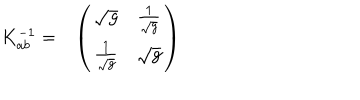
LaTeX: \begin{array} { c c } { { K _ { a b } ^ { - 1 } = } } & { { \left( \begin{array} { c c } { { \sqrt { g } } } & { { { \frac { 1 } { \sqrt { g } } } } } \\ { { { \frac { 1 } { \sqrt { g } } } } } & { { \sqrt { g } } } \\ \end{array} \right) } } \\ \end{array}